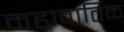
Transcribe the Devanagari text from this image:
महावार्तिक